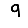
Digit: 9